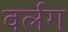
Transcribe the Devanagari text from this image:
वर्लग